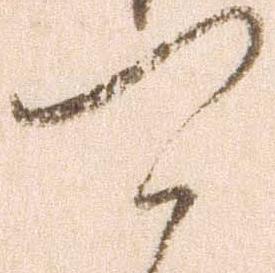
可